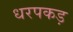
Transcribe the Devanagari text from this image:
धरपकड़